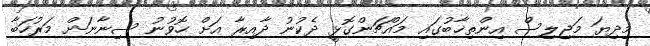
މިދިޔަ މަޖިލިސް އިންތިޚާބުގައި މައްޗަންގޮޅީ ދެކުނު ދާއިރާ އަށް ހޮވުނު ސިނާނަށް މަރުހަބާ